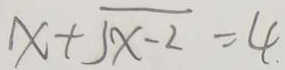
x + \sqrt { x - 2 } = 4